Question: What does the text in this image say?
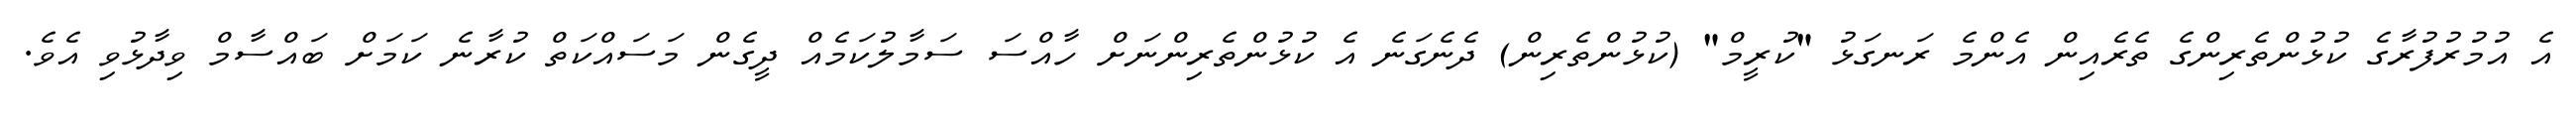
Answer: އެ އުމުރުފުރާގެ ކުޅުންތެރިންގެ ތެރެއިން އެންމެ ރަނގަޅު "ކުރީމް" (ކުޅުންތެރިން) ދެނެގަނެ އެ ކުޅުންތެރިންނަށް ހާއްސަ ސަމާލުކަމެއް ދީގެން މަސައްކަތް ކުރާނެ ކަމަށް ބައްސާމް ވިދާޅުވި އެވެ.